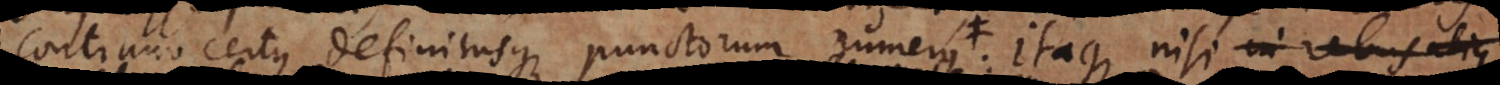
continuo certus definitusque punctorum numerus, Itaque nisi in rebus aliq